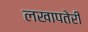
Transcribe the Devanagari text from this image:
लखापतेरी